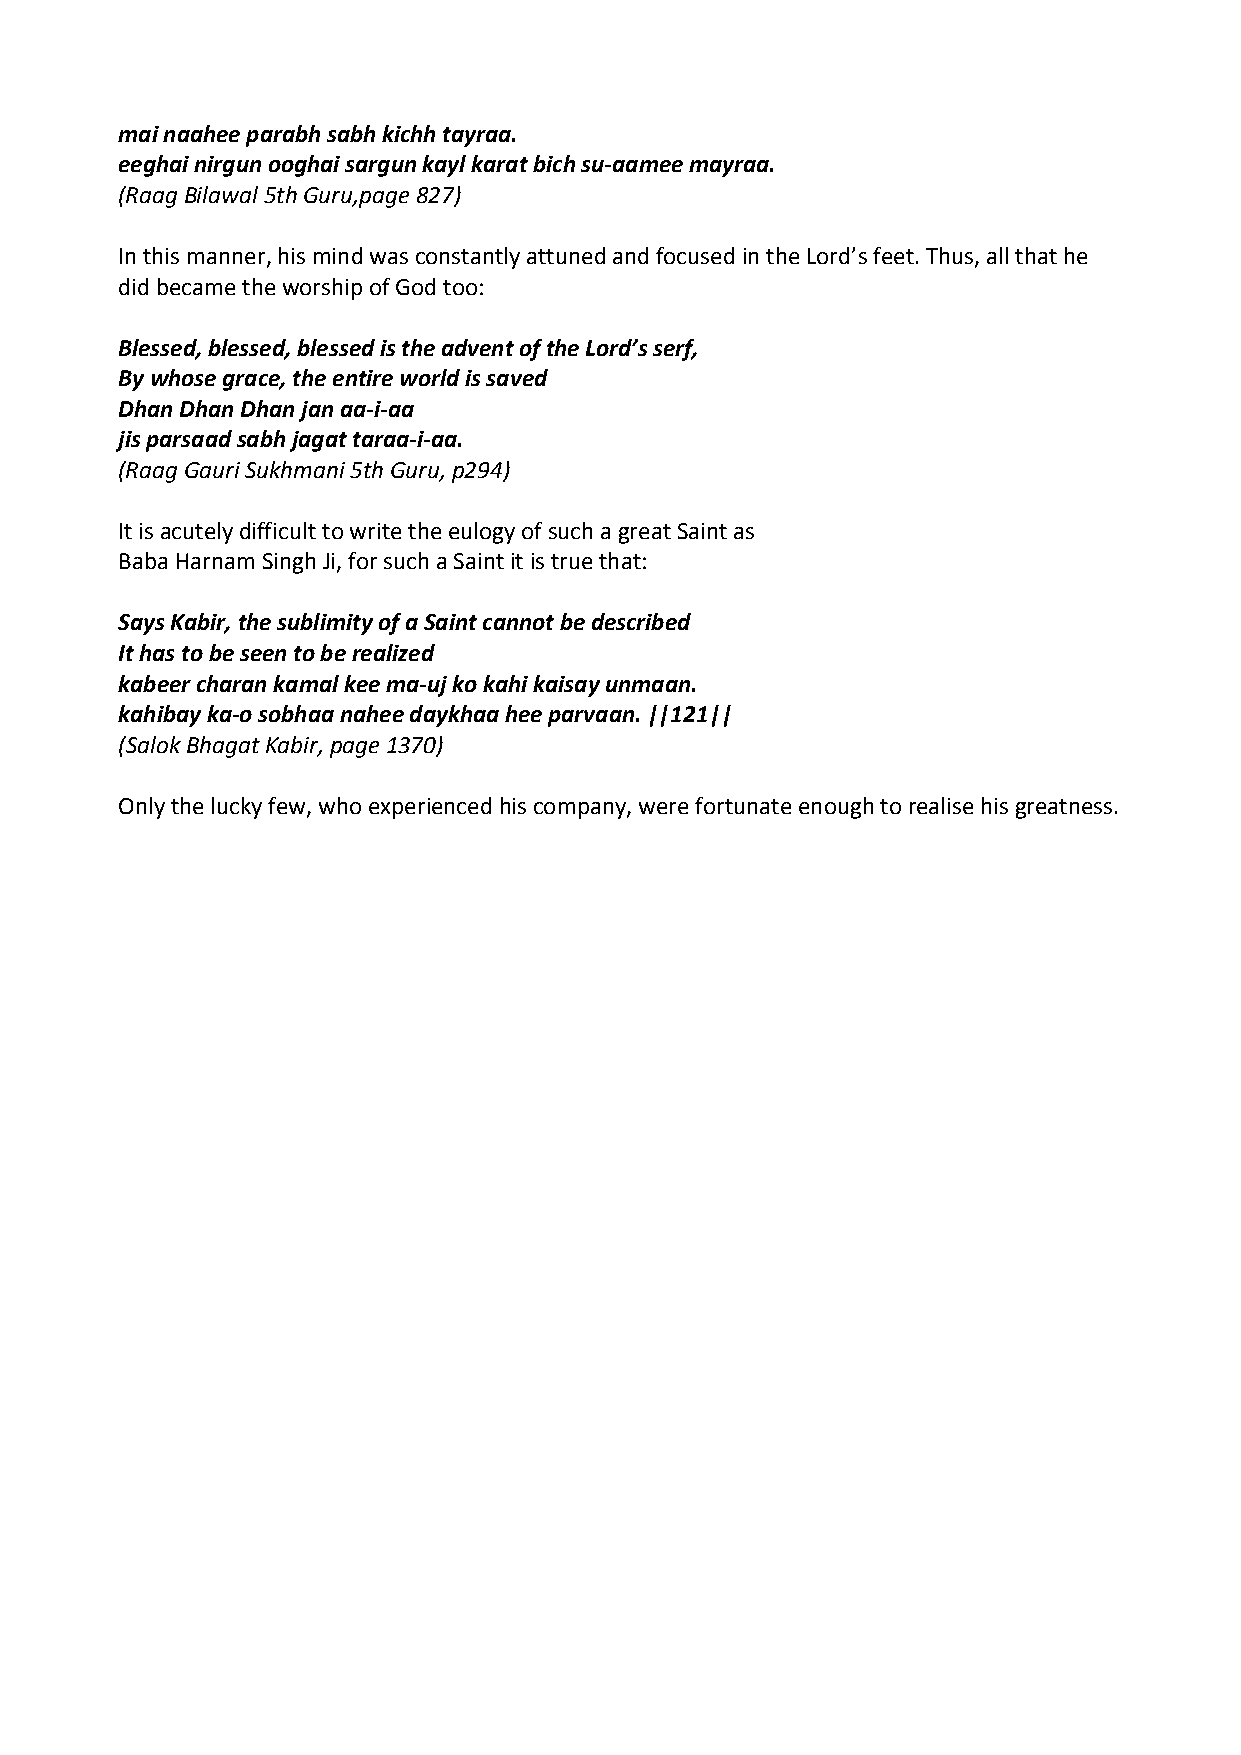
mai naahee parabh sabh kichh tayraa.
 eeghai nirgun ooghai sargun kayl karat bich su‐aamee mayraa.
 (Raag Bilawal 5th Guru,page 827)
 In this manner, his mind was constantly attuned and focused in the Lord’s feet. Thus, all that he
 did became the worship of God too:
 Blessed, blessed, blessed is the advent of the Lord’s serf,
 By whose grace, the entire world is saved
 Dhan Dhan Dhan jan aa‐i‐aa
 jis parsaad sabh jagat taraa‐i‐aa.
 (Raag Gauri Sukhmani 5th Guru, p294)
 It is acutely difficult to write the eulogy of such a great Saint as
 Baba Harnam Singh Ji, for such a Saint it is true that:
 Says Kabir, the sublimity of a Saint cannot be described
 It has to be seen to be realized
 kabeer charan kamal kee ma‐uj ko kahi kaisay unmaan.
 kahibay ka‐o sobhaa nahee daykhaa hee parvaan. ||121||
 (Salok Bhagat Kabir, page 1370)
 Only the lucky few, who experienced his company, were fortunate enough to realise his greatness.